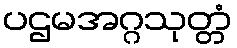
ပဌမအဂ္ဂသုတ္တံ